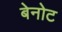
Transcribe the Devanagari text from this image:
बेनोट